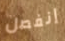
إنفصل